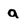
Character: a